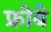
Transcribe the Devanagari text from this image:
फ्रोबे